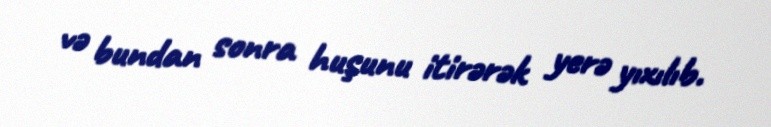
və bundan sonra huşunu itirərək yerə yıxılıb.